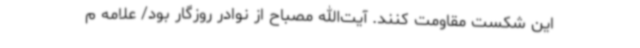
این شکست مقاومت کنند. آیت‌الله مصباح از نوادر روزگار بود/ علامه م